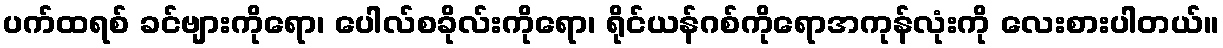
ပက်ထရစ် ခင်ဗျားကိုရော၊ ပေါလ်စခိုလ်းကိုရော၊ ရိုင်ယန်ဂစ်ကိုရောအကုန်လုံးကို လေးစားပါတယ်။